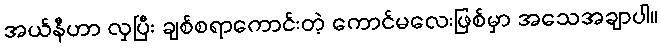
အယ်နီဟာ လှပြီး ချစ်စရာကောင်းတဲ့ ကောင်မလေးဖြစ်မှာ အသေအချာပါ။